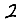
Digit: 2